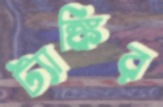
ট্যাঙ্কির